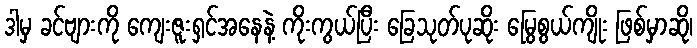
ဒါမှ ခင်ဗျားကို ကျေးဇူးရှင်အနေနဲ့ ကိုးကွယ်ပြီး ခြေသုတ်ပုဆိုး မြွေစွယ်ကျိုး ဖြစ်မှာဆို၊